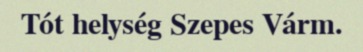
Tót helység Szepes Várm.